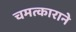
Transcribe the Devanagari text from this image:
चमत्काराने